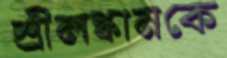
শ্রীলঙ্কানকে